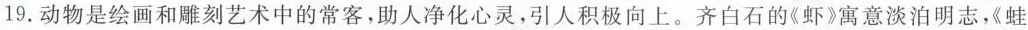
19.动物是绘画和雕刻艺术中的常客，助人净化心灵，引人积极向上。齐白石的《虾》寓意淡泊明志，《蛙